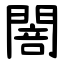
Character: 䦣